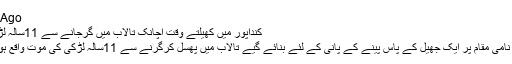
1 Day Ago
کنداپور میں کھیلتے وقت اچانک تالاب میں گرجانے سے 11سالہ لڑکی فوت
کوڈابائیل نامی مقام پر ایک جھیل کے پاس پینے کے پانی کے لئے بنائے گیے تالاب میں پھسل کرگرنے سے 11سالہ لڑکی کی موت واقع ہوگئی ہے۔